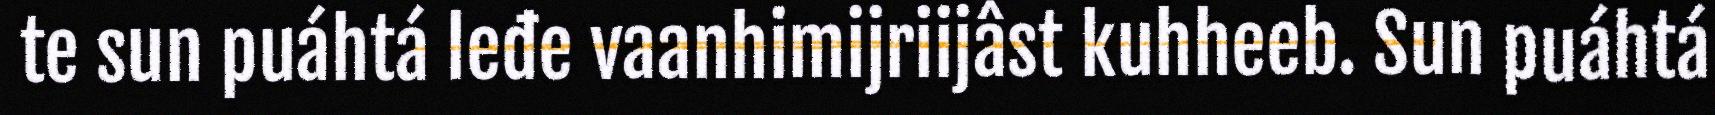
te sun puáhtá leđe vaanhimijriijâst kuhheeb. Sun puáhtá